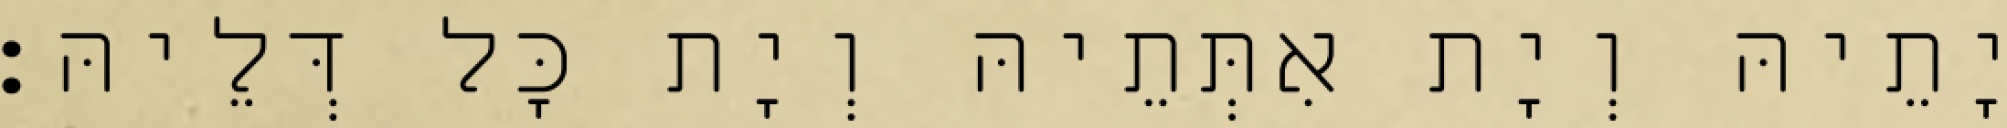
יָתֵיהּ וְיָת אִתְּתֵיהּ וְיָת כָּל דְּלֵיהּ׃